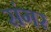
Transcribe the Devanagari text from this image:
संगर